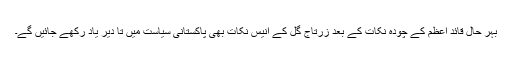
بہر حال قائد اعظم کے چودہ نکات کے بعد زرتاج گل کے انیس نکات بھی پاکستانی سیاست میں تا دیر یاد رکھے جائیں گے۔